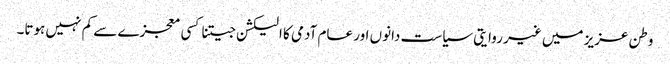
وطن عزیز میں غیر روایتی سیاست دانوں اور عام آدمی کا الیکشن جیتنا کسی معجزے سے کم نہیں ہوتا۔